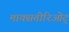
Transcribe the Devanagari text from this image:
माक्सतीरिओट्